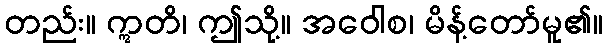
တည်း။ ဣတိ၊ ဤသို့။ အဝေါစ၊ မိန့်တော်မူ၏။